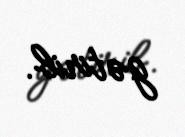
gətirib.